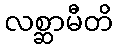
လစ္ဆာမီတိ